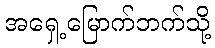
အရှေ့မြောက်ဘက်သို့